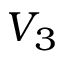
V _ { 3 }